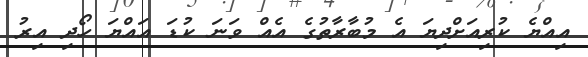
އިއްޔެ ކުރިއަށްދިޔަ އެ މުބާރާތުގެ އެއް ވަނަ ކުޑަ އައްޔަ ހޯދި އިރު